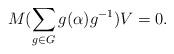
LaTeX: \begin{align*}M(\sum_{g\in G}g(\alpha)g^{-1})V=0. \end{align*}